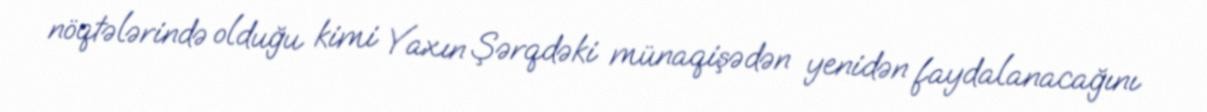
nöqtələrində olduğu kimi Yaxın Şərqdəki münaqişədən yenidən faydalanacağını